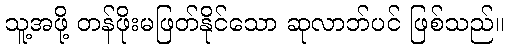
သူ့အဖို့ တန်ဖိုးမဖြတ်နိုင်သော ဆုလာဘ်ပင် ဖြစ်သည်။